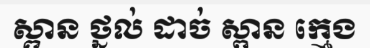
ស្ពាន ថ្នល់ ដាច់ ស្ពាន ក្មេង